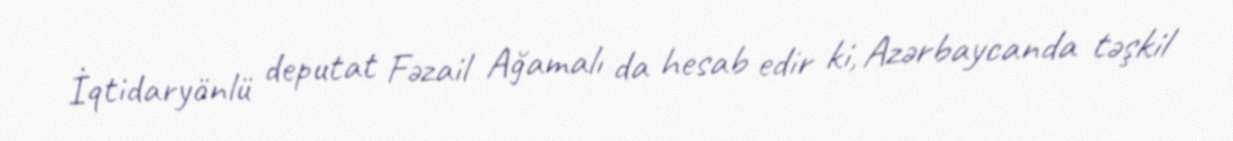
İqtidaryönlü deputat Fəzail Ağamalı da hesab edir ki, Azərbaycanda təşkil